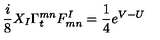
{ \frac { i } { 8 } } X _ { I } \Gamma _ { t } ^ { m n } F _ { m n } ^ { I } = { \frac { 1 } { 4 } } e ^ { V - U }